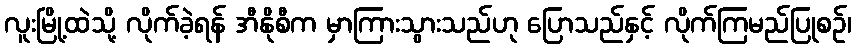
လူးမြို့ထဲသို့ လိုက်ခဲ့ရန် အီနိုစီက မှာကြားသွားသည်ဟု ပြောသည်နှင့် လိုက်ကြမည်ပြုစဉ်၊